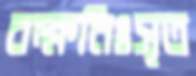
বক্ষনিঃসৃত